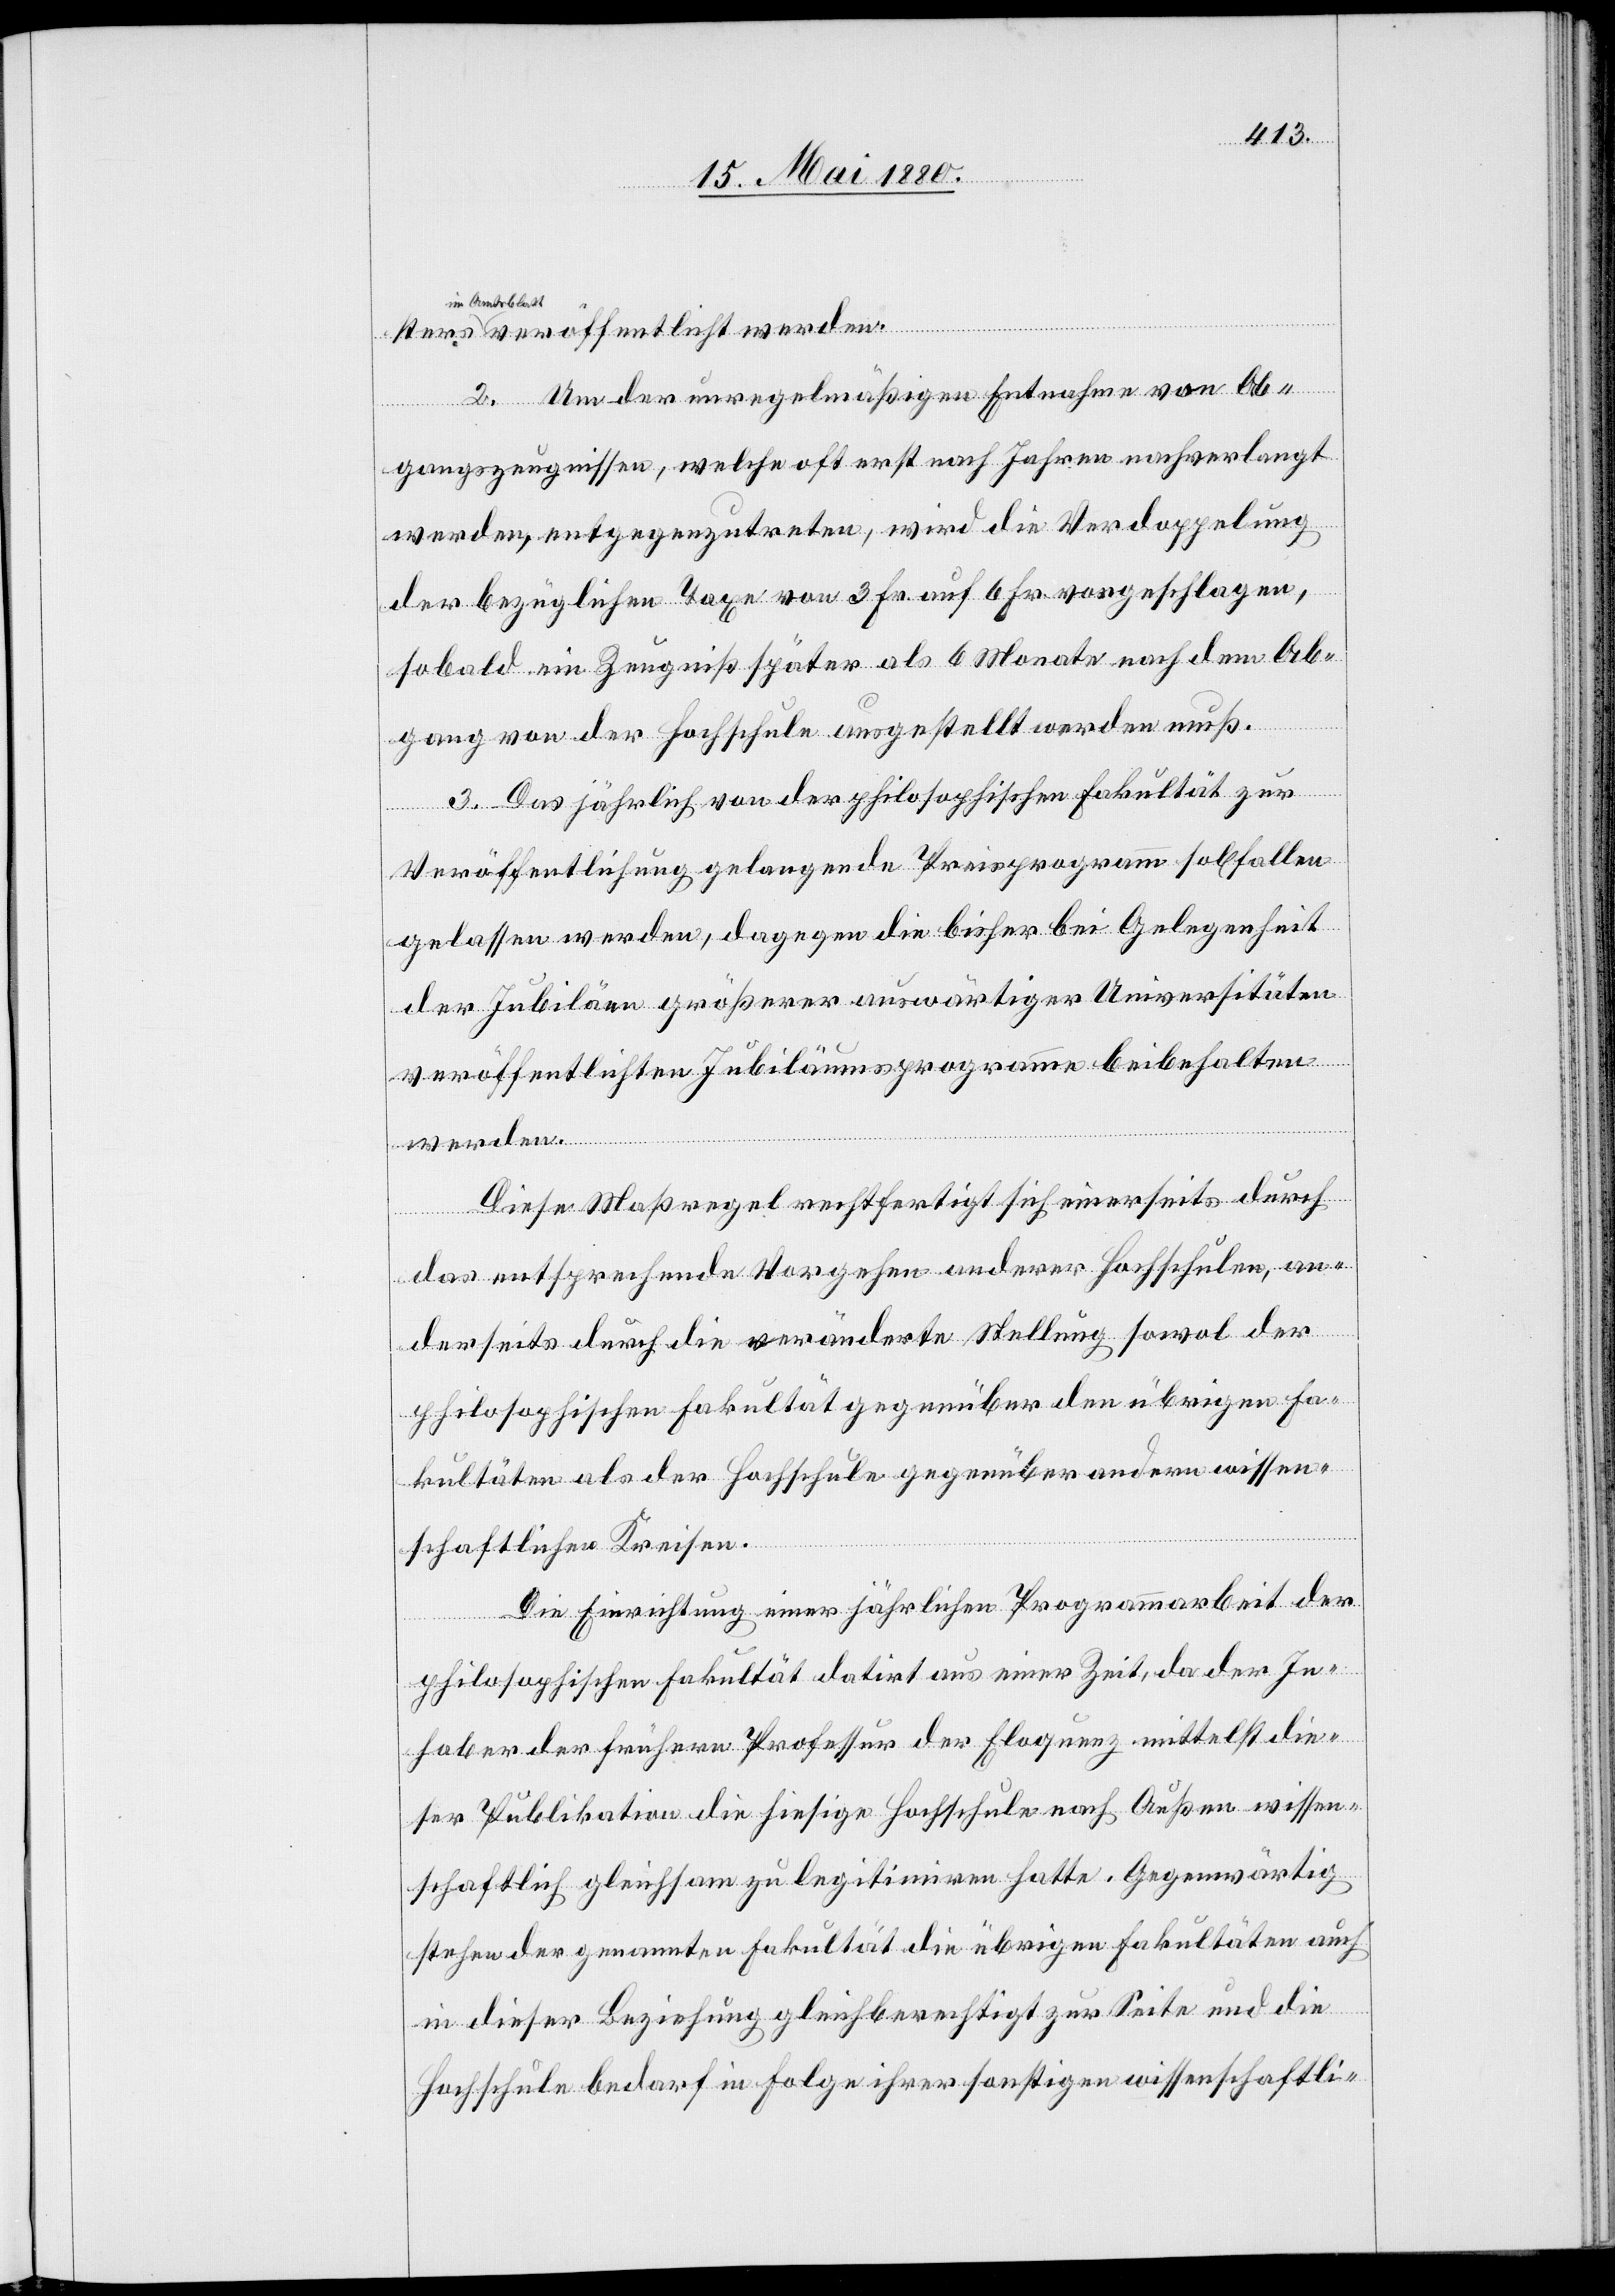
im Amtsblat¬
t veröffentlicht werden.
2. Um der unregelmäßigen Entnahme von Ab¬
gangszeugnissen, welche oft erst nach Jahren nachverlangt
werden, entgegenzutreten, wird die Verdoppelung
der bezüglichen Taxe von 3 Fr. auf 6 Fr. vorgeschlagen,
sobald ein Zeugniß später als 4 Monate nach dem Ab¬
gang von der Hochschule ausgestellt werden muß.
3. Das jährlich von der philosophischen Fakultät zur
Veröffentlichung gelangende Preisprogramm soll fallen
gelassen werden, dagegen die bisher bei Gelegenheit
der Jubiläen größerer auswärtiger Universitäten
veröffentlichten Jubiläumsprogramme beibehalten
werden.
Diese Maßregel rechtfertigt sich einerseits durch
sters
das entsprechende Vorgehen anderer Hochschulen, an¬
derseits durch die veränderte Stellung sowol der
philosophischen Fakultät gegenüber den übrigen Fa¬
kultäten als der Hochschule gegenüber andern wissen¬
schaftlichen Kreisen.
Die Einrichtung einer jährlichen Programmarbeit der
philosophischen Fakultät datirt aus einer Zeit, da der In¬
haber der frühern Professur der Eloquenz mittelst die¬
ser Publikation die hiesige Hochschule nach Außen wissen¬
schaftlich gleichsam zu legitimiren hatte. Gegenwärtig
stehen der genannten Fakultät die übrigen Fakultäten auch
in dieser Beziehung gleichberechtigt zur Seite und die
Hochschule bedarf in Folge ihrer sonstigen wissenschaftli-